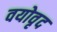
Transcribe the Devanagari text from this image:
वयोवृद